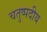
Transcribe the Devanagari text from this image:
चतुष्पदीय